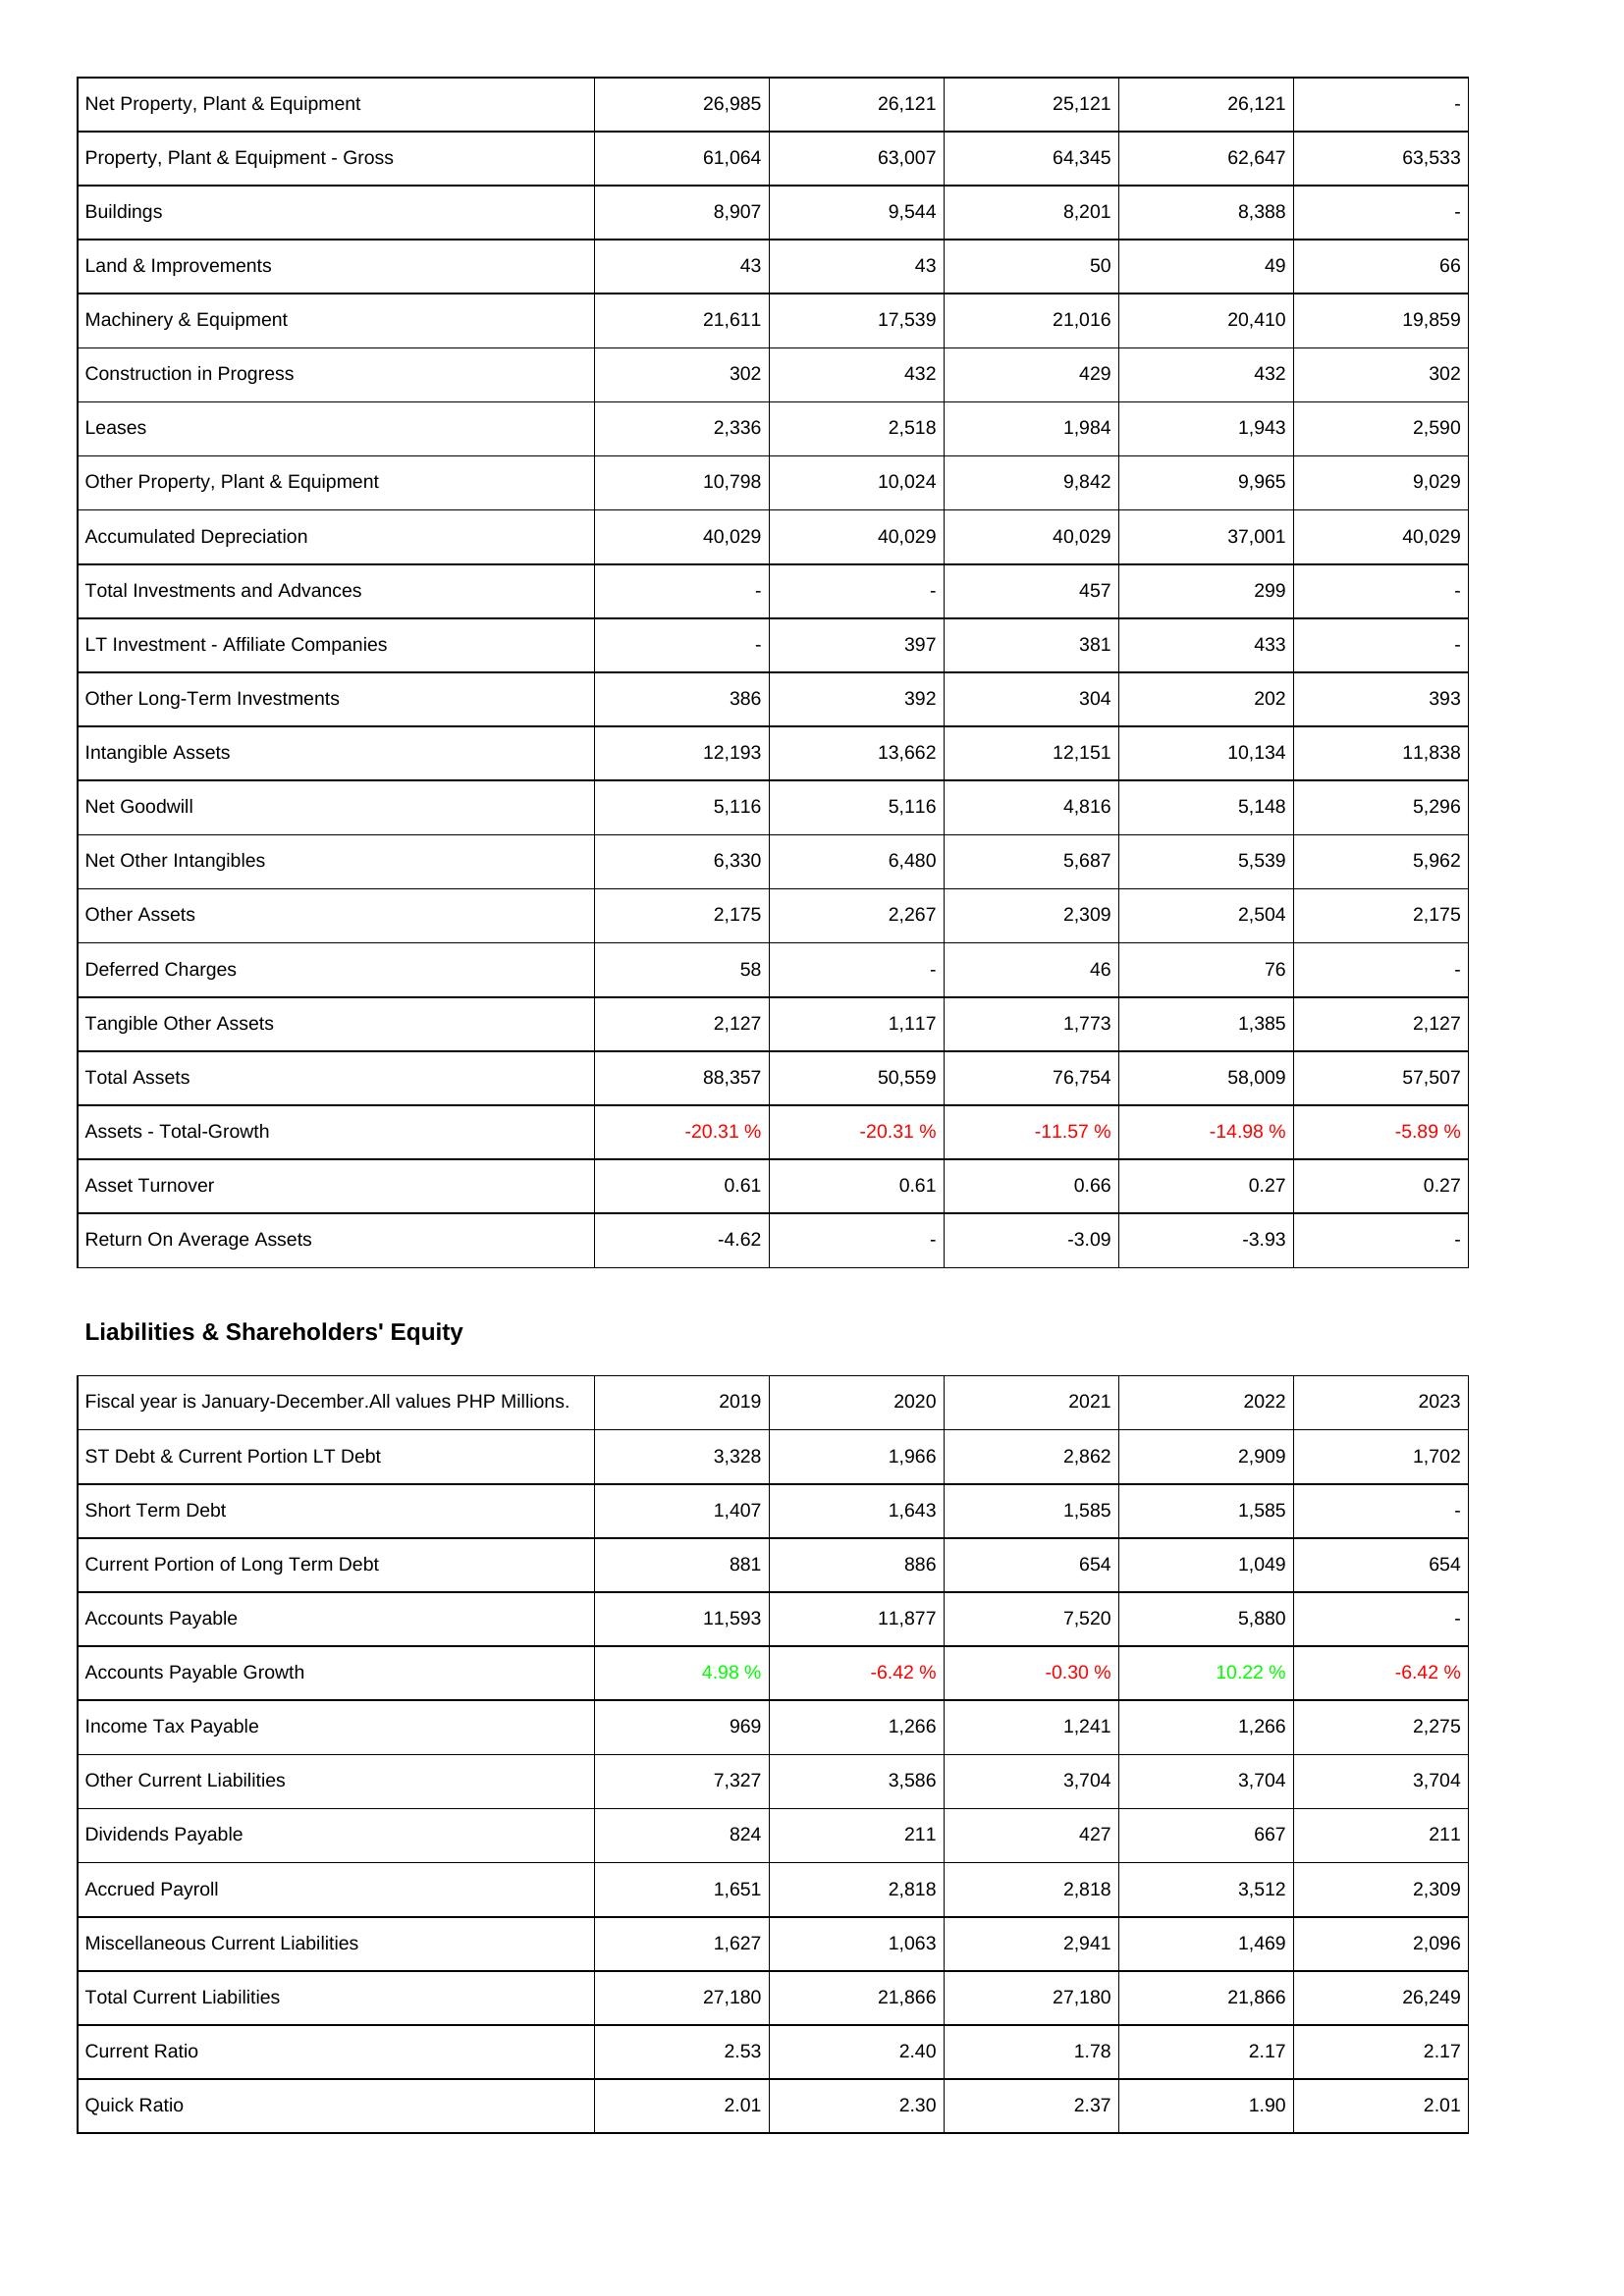
2019: Assets: Net Property, Plant & Equipment: 26,985
Property, Plant & Equipment - Gross: 61,064
Buildings: 8,907
Land & Improvements: 43
Machinery & Equipment: 21,611
Construction in Progress: 302
Leases: 2,336
Other Property, Plant & Equipment: 10,798
Accumulated Depreciation: 40,029
Total Investments and Advances: -
LT Investment - Affiliate Companies: -
Other Long-Term Investments: 386
Intangible Assets: 12,193
Net Goodwill: 5,116
Net Other Intangibles: 6,330
Other Assets: 2,175
Deferred Charges: 58
Tangible Other Assets: 2,127
Total Assets: 88,357
Assets - Total-Growth: -20.31 %
Asset Turnover: 0.61
Return On Average Assets: -4.62
Liabilities & Shareholders' Equity: ST Debt & Current Portion LT Debt: 3,328
Short Term Debt: 1,407
Current Portion of Long Term Debt: 881
Accounts Payable: 11,593
Accounts Payable Growth: 4.98 %
Income Tax Payable: 969
Other Current Liabilities: 7,327
Dividends Payable: 824
Accrued Payroll: 1,651
Miscellaneous Current Liabilities: 1,627
Total Current Liabilities: 27,180
Current Ratio: 2.53
Quick Ratio: 2.01
2020: Assets: Net Property, Plant & Equipment: 26,121
Property, Plant & Equipment - Gross: 63,007
Buildings: 9,544
Land & Improvements: 43
Machinery & Equipment: 17,539
Construction in Progress: 432
Leases: 2,518
Other Property, Plant & Equipment: 10,024
Accumulated Depreciation: 40,029
Total Investments and Advances: -
LT Investment - Affiliate Companies: 397
Other Long-Term Investments: 392
Intangible Assets: 13,662
Net Goodwill: 5,116
Net Other Intangibles: 6,480
Other Assets: 2,267
Deferred Charges: -
Tangible Other Assets: 1,117
Total Assets: 50,559
Assets - Total-Growth: -20.31 %
Asset Turnover: 0.61
Return On Average Assets: -
Liabilities & Shareholders' Equity: ST Debt & Current Portion LT Debt: 1,966
Short Term Debt: 1,643
Current Portion of Long Term Debt: 886
Accounts Payable: 11,877
Accounts Payable Growth: -6.42 %
Income Tax Payable: 1,266
Other Current Liabilities: 3,586
Dividends Payable: 211
Accrued Payroll: 2,818
Miscellaneous Current Liabilities: 1,063
Total Current Liabilities: 21,866
Current Ratio: 2.40
Quick Ratio: 2.30
2021: Assets: Net Property, Plant & Equipment: 25,121
Property, Plant & Equipment - Gross: 64,345
Buildings: 8,201
Land & Improvements: 50
Machinery & Equipment: 21,016
Construction in Progress: 429
Leases: 1,984
Other Property, Plant & Equipment: 9,842
Accumulated Depreciation: 40,029
Total Investments and Advances: 457
LT Investment - Affiliate Companies: 381
Other Long-Term Investments: 304
Intangible Assets: 12,151
Net Goodwill: 4,816
Net Other Intangibles: 5,687
Other Assets: 2,309
Deferred Charges: 46
Tangible Other Assets: 1,773
Total Assets: 76,754
Assets - Total-Growth: -11.57 %
Asset Turnover: 0.66
Return On Average Assets: -3.09
Liabilities & Shareholders' Equity: ST Debt & Current Portion LT Debt: 2,862
Short Term Debt: 1,585
Current Portion of Long Term Debt: 654
Accounts Payable: 7,520
Accounts Payable Growth: -0.30 %
Income Tax Payable: 1,241
Other Current Liabilities: 3,704
Dividends Payable: 427
Accrued Payroll: 2,818
Miscellaneous Current Liabilities: 2,941
Total Current Liabilities: 27,180
Current Ratio: 1.78
Quick Ratio: 2.37
2022: Assets: Net Property, Plant & Equipment: 26,121
Property, Plant & Equipment - Gross: 62,647
Buildings: 8,388
Land & Improvements: 49
Machinery & Equipment: 20,410
Construction in Progress: 432
Leases: 1,943
Other Property, Plant & Equipment: 9,965
Accumulated Depreciation: 37,001
Total Investments and Advances: 299
LT Investment - Affiliate Companies: 433
Other Long-Term Investments: 202
Intangible Assets: 10,134
Net Goodwill: 5,148
Net Other Intangibles: 5,539
Other Assets: 2,504
Deferred Charges: 76
Tangible Other Assets: 1,385
Total Assets: 58,009
Assets - Total-Growth: -14.98 %
Asset Turnover: 0.27
Return On Average Assets: -3.93
Liabilities & Shareholders' Equity: ST Debt & Current Portion LT Debt: 2,909
Short Term Debt: 1,585
Current Portion of Long Term Debt: 1,049
Accounts Payable: 5,880
Accounts Payable Growth: 10.22 %
Income Tax Payable: 1,266
Other Current Liabilities: 3,704
Dividends Payable: 667
Accrued Payroll: 3,512
Miscellaneous Current Liabilities: 1,469
Total Current Liabilities: 21,866
Current Ratio: 2.17
Quick Ratio: 1.90
2023: Assets: Net Property, Plant & Equipment: -
Property, Plant & Equipment - Gross: 63,533
Buildings: -
Land & Improvements: 66
Machinery & Equipment: 19,859
Construction in Progress: 302
Leases: 2,590
Other Property, Plant & Equipment: 9,029
Accumulated Depreciation: 40,029
Total Investments and Advances: -
LT Investment - Affiliate Companies: -
Other Long-Term Investments: 393
Intangible Assets: 11,838
Net Goodwill: 5,296
Net Other Intangibles: 5,962
Other Assets: 2,175
Deferred Charges: -
Tangible Other Assets: 2,127
Total Assets: 57,507
Assets - Total-Growth: -5.89 %
Asset Turnover: 0.27
Return On Average Assets: -
Liabilities & Shareholders' Equity: ST Debt & Current Portion LT Debt: 1,702
Short Term Debt: -
Current Portion of Long Term Debt: 654
Accounts Payable: -
Accounts Payable Growth: -6.42 %
Income Tax Payable: 2,275
Other Current Liabilities: 3,704
Dividends Payable: 211
Accrued Payroll: 2,309
Miscellaneous Current Liabilities: 2,096
Total Current Liabilities: 26,249
Current Ratio: 2.17
Quick Ratio: 2.01